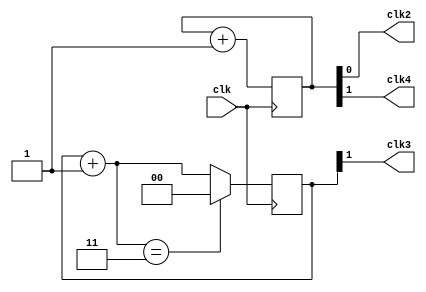
module clock_div(clk,clk2,clk3,clk4);
input clk;
output clk2,clk3,clk4; 

reg [3:0]q=4'b0000;
reg [1:0]b=2'b00;

always@(posedge clk)
begin
	q=q+1'b1;
end

assign clk2=q[0];
assign clk4=q[1];

always@(posedge clk)
begin
 b=b+1'b1;
 if(b==2'b11)
 b=0;
end

assign clk3=b[1];

endmodule

module div5_tb();
reg clk;
wire clk2,clk3,clk4;

clock_div DUT(clk,clk2,clk3,clk4);

initial
clk=0;

always #5 clk=~clk;

initial
begin
$monitor("clk=%b,clk2=%b,clk3=%b,clk4=%b", clk,clk2,clk3,clk4);
#100 $finish;
end

endmodule